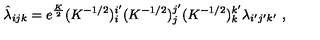
\hat { \lambda } _ { i j k } = e ^ { \frac { K } { 2 } } ( K ^ { - 1 / 2 } ) _ { i } ^ { i ^ { \prime } } ( K ^ { - 1 / 2 } ) _ { j } ^ { j ^ { \prime } } ( K ^ { - 1 / 2 } ) _ { k } ^ { k ^ { \prime } } \lambda _ { i ^ { \prime } j ^ { \prime } k ^ { \prime } } \ ,